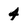
Character: 4